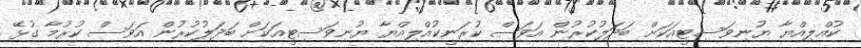
ކުއްލިއްޔާ ޔުނިވަސިޓީއަކަށް ބަދަލުކުރުން އަވަސް ކުރަނީކުއްލިއްޔާ ޔުނިވަސިޓީއަކަށް ބަދަލުކުރުން އަވަސް ކުރުމާ ގުޅޭ